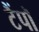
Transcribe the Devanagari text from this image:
टैंपॉ